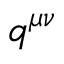
q ^ { \mu \nu }